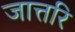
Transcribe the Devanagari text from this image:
जात्तरि